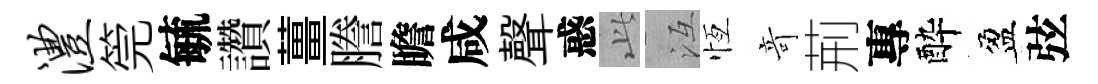
澧筦毓讚薑謄瞻咸聲惑𬼘冱恆竒荊專酔盈弦